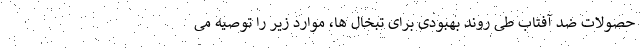
حصولات ضد آفتاب طی روند بهبودی برای تبخال ها، موارد زیر را توصیه می